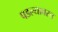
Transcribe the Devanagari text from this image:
पडल्यावरच